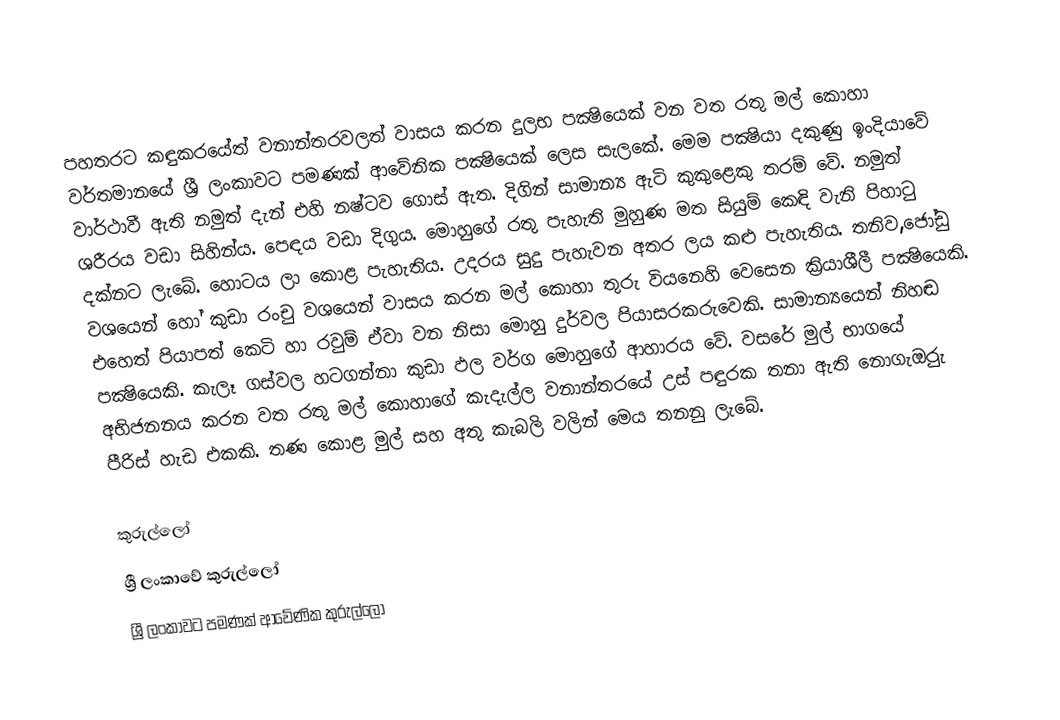
පහතරට කඳුකරයේත් වනාන්තරවලත් වාසය කරන දුලභ පක්‍ෂියෙක් වන වත රතු මල් කොහා වර්තමානයේ ශ්‍රී ලංකාවට පමණක් ආවේනික පක්‍ෂියෙක් ලෙස සැලකේ. මෙම පක්‍ෂියා දකුණු ඉංදියාවේ වාර්ථාවී ඇති නමුත් දැන් එහි නෂ්ටව ගොස් ඇත. දිගින් සාමාන්‍ය ඇටි කුකුළෙකු තරම් වේ. නමුත් ශරීරය වඩා සිහින්ය. පෙඳය වඩා දිගුය. මොහුගේ රතු පැහැති මුහුණ මත සියුම් කෙඳි වැනි පිහාටු දක්නට ලැබේ. හොටය ලා කොළ පැහැතිය. උදරය සුදු පැහැවන අතර ලය කළු පැහැතිය. තනිව,ජෝඩු වශයෙන් හෝ කුඩා රංචු වශයෙන් වාසය කරන මල් කොහා තුරු වියනෙහි වෙසෙන ක්‍රියාශීලී පක්‍ෂියෙකි. එහෙත් පියාපත් කෙටි හා රවුම් ඒවා වන නිසා මොහු දුර්වල පියාසරකරුවෙකි. සාමාන්‍යයෙන් නිහඬ පක්‍ෂියෙකි. කැලෑ ගස්වල හටගන්නා කුඩා ඵල වර්ග මොහුගේ ආහාරය වේ. වසරේ මුල් භාගයේ අභිජනනය කරන වත රතු මල් කොහාගේ කැදැල්ල වනාන්තරයේ උස් පඳුරක තනා ඇති නොගැඔුරු පීරිස් හැඩ එකකි. තණ කොළ මුල් සහ අතු කැබලි වලින් මෙය තනනු ලැබේ.

කුරුල්ලෝ
ශ්‍රී ලංකාවේ කුරුල්ලෝ
ශ්‍රී ලංකා‍වට පමණක් ආවේණික කුරුල්ලෝ